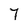
Character: 7